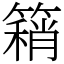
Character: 𥳓